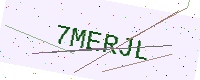
Text: 7MERJL